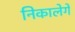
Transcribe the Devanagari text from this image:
निकालेगें